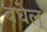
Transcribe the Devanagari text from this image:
बघेल्